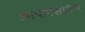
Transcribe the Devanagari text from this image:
आपापसातेले